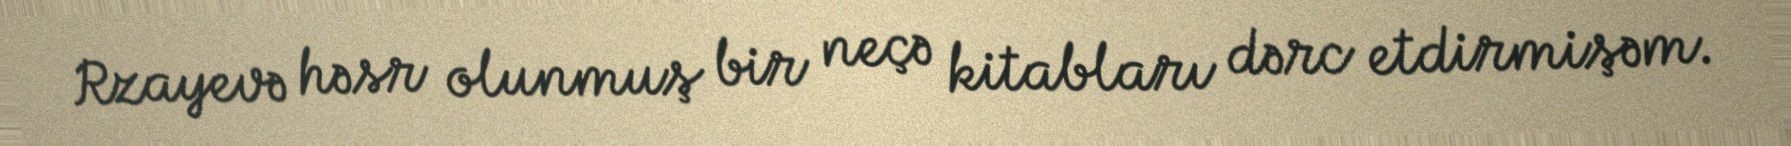
Rzayevə həsr olunmuş bir neçə kitabları dərc etdirmişəm.